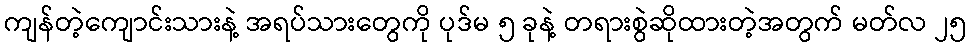
ကျန်တဲ့ကျောင်းသားနဲ့ အရပ်သားတွေကို ပုဒ်မ ၅ ခုနဲ့ တရားစွဲဆိုထားတဲ့အတွက် မတ်လ ၂၅